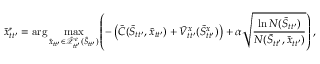
\tilde { x } _ { t t ^ { \prime } } ^ { * } = \arg \operatorname* { m a x } _ { \tilde { x } _ { t t ^ { \prime } } \in \tilde { \mathcal { X } } _ { t t ^ { \prime } } ^ { e } ( \tilde { S } _ { t t ^ { \prime } } ) } \left( - \left( \tilde { C } ( \tilde { S } _ { t t ^ { \prime } } , \tilde { x } _ { t t ^ { \prime } } ) + \tilde { V } _ { t t ^ { \prime } } ^ { x } ( \tilde { S } _ { t t ^ { \prime } } ^ { x } ) \right) + \alpha \sqrt { \frac { \ln N ( \tilde { S } _ { t t ^ { \prime } } ) } { N ( \tilde { S } _ { t t ^ { \prime } } , \tilde { x } _ { t t ^ { \prime } } ) } } \right) ,